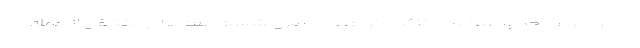
آب موضوعی جدی است. وی تأکید کرد: پدیده فرونشست علت‌های مختلفی از جمله